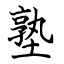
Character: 塾